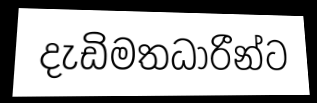
දැඩිමතධාරීන්ට